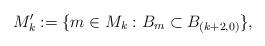
LaTeX: \begin{align*}M'_k:=\lbrace m\in M_k : B_m\subset B_{(k+2, 0)}\rbrace,\end{align*}